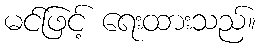
မင်ဖြင့် ရေးထားသည်။